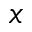
x